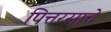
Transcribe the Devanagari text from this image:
पित्तरसाचे